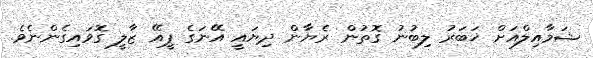
ޝަމާއިލްއަށް ޚަބަރު ލިބުނު ގޮތުން ރެޔާން ދިޔައީ އޭނަގެ ޕީއޭ ޒާލީ ގޮވައިގެންނެވެ.